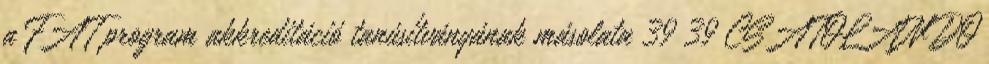
a FAT program akkreditáció tanúsítványának másolata 39 39 CSATOLANDÓ